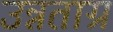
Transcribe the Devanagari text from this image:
उन्नताग्र